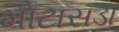
મોટાસડા